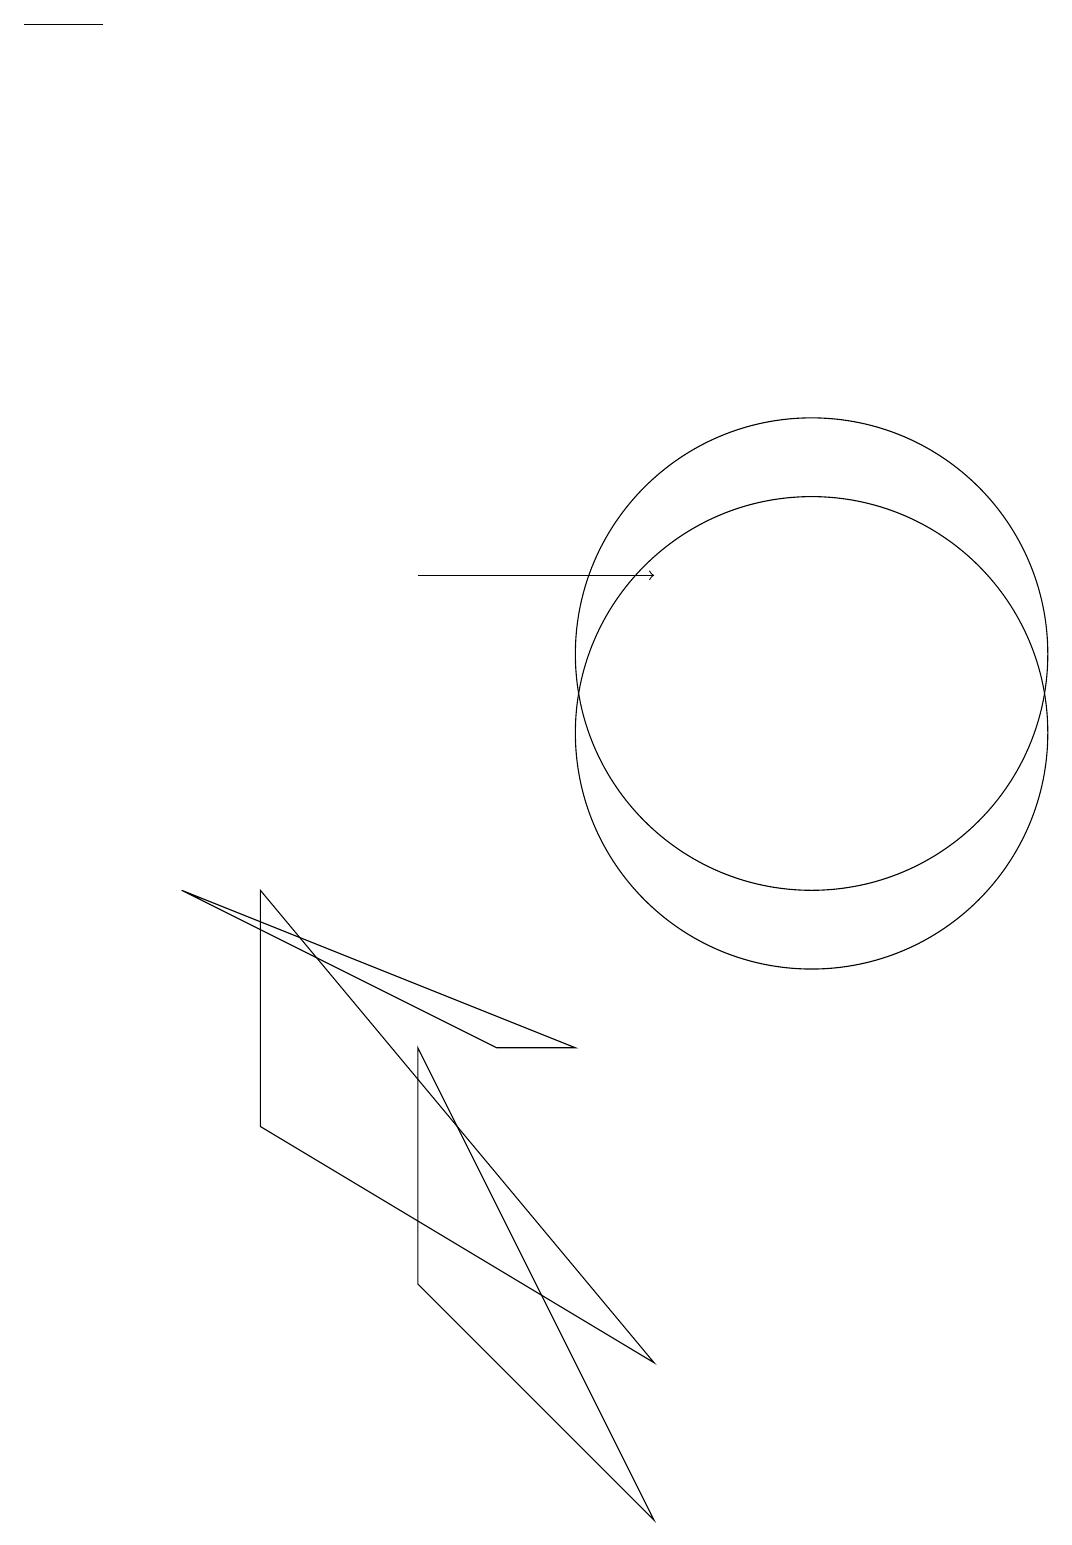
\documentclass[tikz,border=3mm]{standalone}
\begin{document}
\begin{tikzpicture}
\draw (1,19) rectangle (2,19);
\draw[->] (6,12) -- (9,12);
\draw (12,10) circle (0);
\draw (11,10) circle (3);
\draw (4,5) -- (9,2) -- (4,8) -- cycle;
\draw (6,3) -- (6,6) -- (9,0) -- cycle;
\draw (8,6) -- (3,8) -- (7,6) -- cycle;
\draw (11,11) circle (3);
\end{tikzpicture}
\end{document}